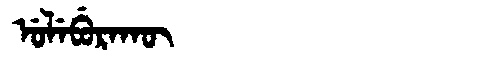
Manchu: ᡠᠯᡝᠪᡠᡵᠠᡴᡡ
Romanization: ULEBURAKŪ